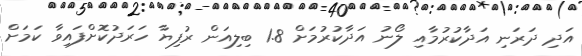
އަދި ދަރަނި އަދާކުރުމާއި ލޯނު އަދާކުރުމަށް 1.8 ބިލިއަން ރުފިޔާ ހަރަދުކޮށްފައިވާ ކަމަށް